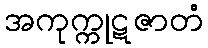
အကုက္ကုဋဇာတံ